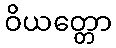
ဝိယတ္တော